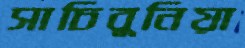
সাচিবুনিয়া